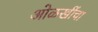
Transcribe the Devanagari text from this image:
ओळखींचा